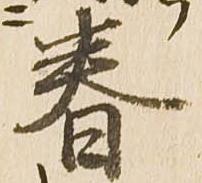
春